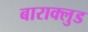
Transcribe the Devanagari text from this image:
बाराक्लुड